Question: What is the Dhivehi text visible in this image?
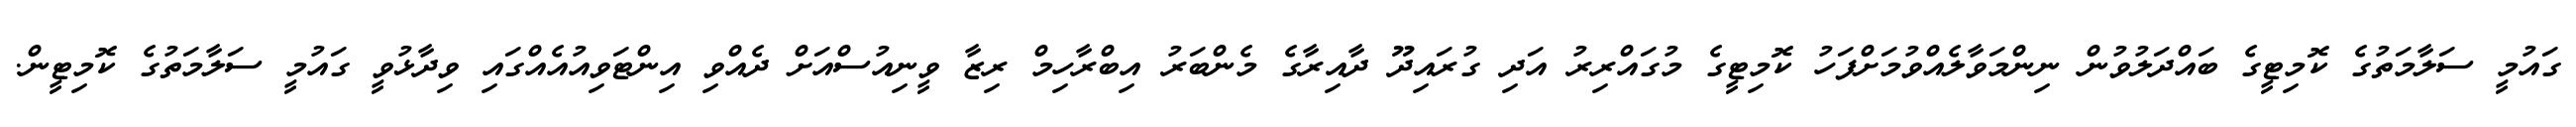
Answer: ގައުމީ ސަލާމަތުގެ ކޮމިޓީގެ ބައްދަލުވުން ނިންމަވާލެއްވުމަށްފަހު ކޮމިޓީގެ މުގައްރިރު އަދި ގުރައިދޫ ދާއިރާގެ މެންބަރު އިބްރާހިމް ރިޒާ ވީނިއުސްއަށް ދެއްވި އިންޓަވިއުއެއްގައި ވިދާޅުވީ ގައުމީ ސަލާމަތުގެ ކޮމިޓީން.